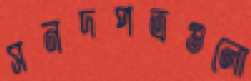
সনদপত্রগুলো